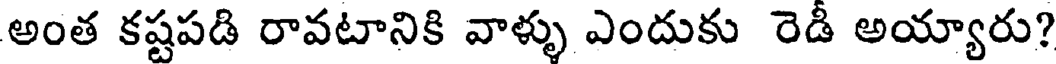
అంత కష్టపడి రావటానికి వాళ్ళు ఎందుకు రెడీ అయ్యారు?